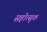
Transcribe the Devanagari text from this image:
सहोत्सुकं